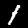
Digit: 1